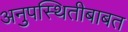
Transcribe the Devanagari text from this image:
अनुपस्थितीबाबत